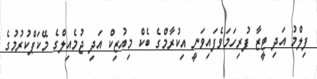
ފިލްމު އަދި ޓީޒާ ފުރިހަމަވެފައިވަނީ އިކުރާމްގެ ބެކް މިއުޒިކް އަދި ޖުމެއިލްގެ މޭކަޕްކުރުމުގެ